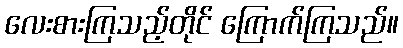
လေးစားကြသည့်တိုင် ကြောက်ကြသည်။